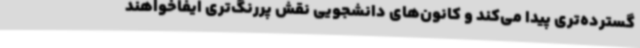
گسترده‌تری پیدا می‌کند و کانون‌های دانشجویی نقش پررنگ‌تری ایفاخواهند